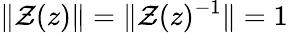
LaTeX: \| \mathcal{Z}(z)\| =\| \mathcal{Z}(z)^{-1}\| =1